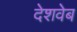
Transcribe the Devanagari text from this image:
देशवेब